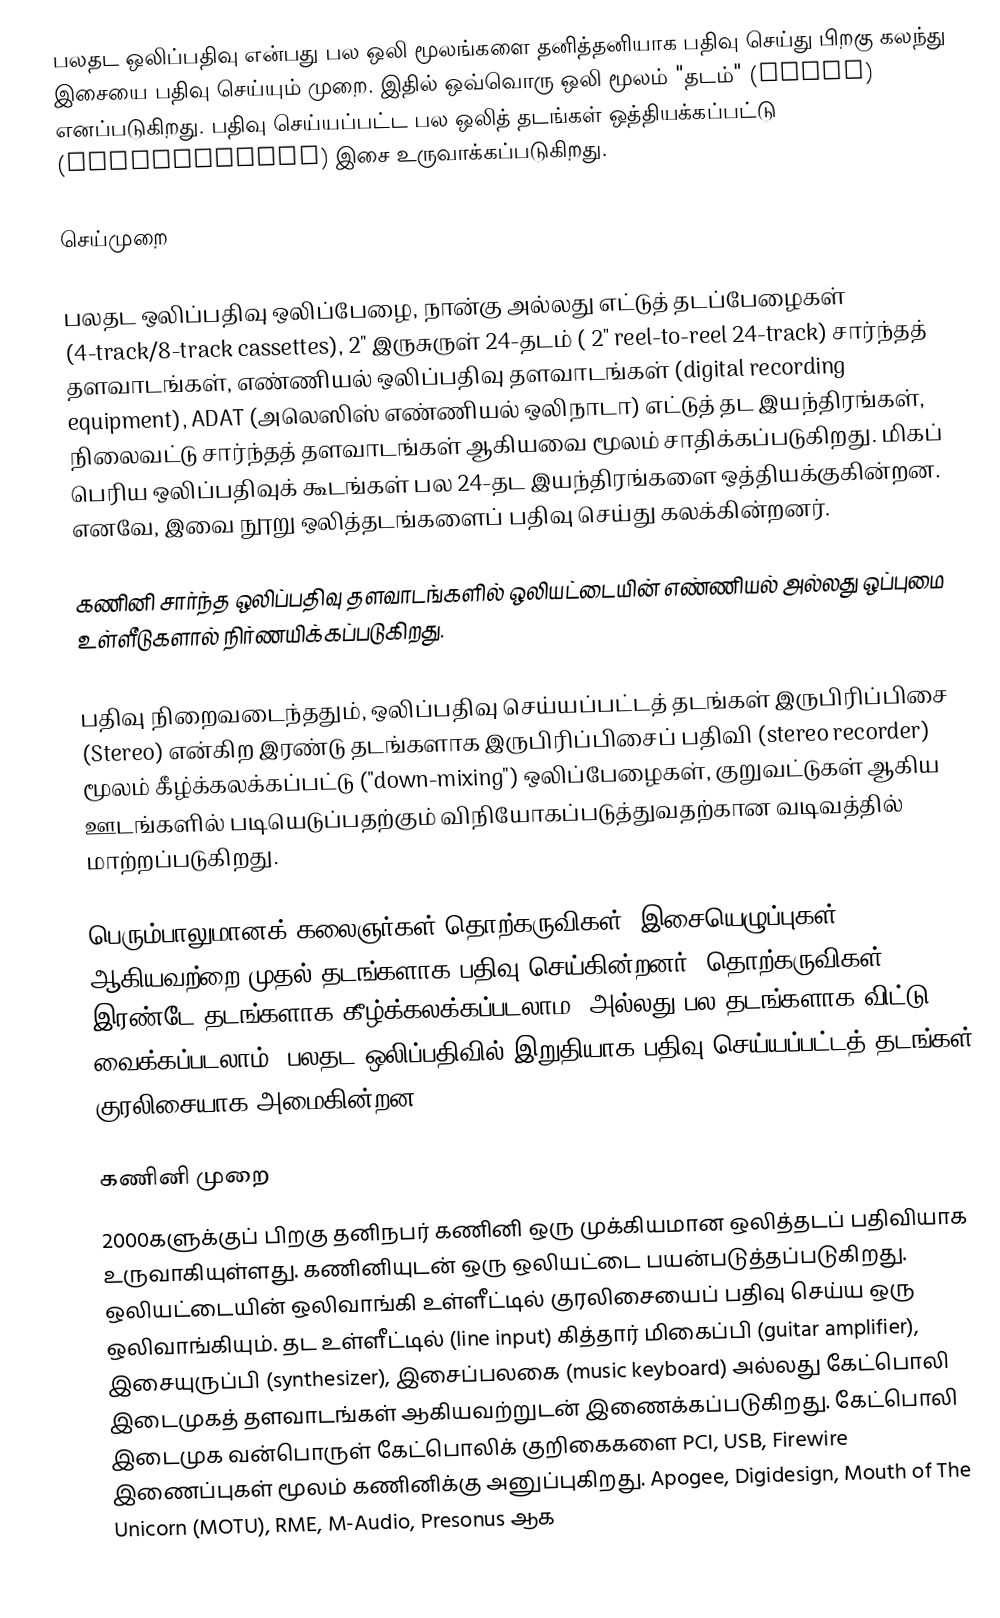
பலதட ஒலிப்பதிவு என்பது பல ஒலி மூலங்களை தனித்தனியாக பதிவு செய்து பிறகு கலந்து இசையை பதிவு செய்யும் முறை. இதில் ஒவ்வொரு ஒலி மூலம் "தடம்" (track) எனப்படுகிறது. பதிவு செய்யப்பட்ட பல ஒலித் தடங்கள் ஒத்தியக்கப்பட்டு (synchronized) இசை உருவாக்கப்படுகிறது.

செய்முறை

பலதட ஒலிப்பதிவு  ஒலிப்பேழை, நான்கு அல்லது எட்டுத் தடப்பேழைகள் (4-track/8-track cassettes),  2" இருசுருள்  24-தடம் ( 2" reel-to-reel 24-track) சார்ந்தத் தளவாடங்கள், எண்ணியல் ஒலிப்பதிவு தளவாடங்கள் (digital recording equipment), ADAT (அலெஸிஸ் எண்ணியல் ஒலிநாடா) எட்டுத் தட இயந்திரங்கள்,  நிலைவட்டு சார்ந்தத் தளவாடங்கள் ஆகியவை மூலம் சாதிக்கப்படுகிறது. மிகப் பெரிய ஒலிப்பதிவுக் கூடங்கள் பல 24-தட இயந்திரங்களை ஒத்தியக்குகின்றன. எனவே, இவை நூறு ஒலித்தடங்களைப் பதிவு செய்து கலக்கின்றனர்.

கணினி சார்ந்த ஒலிப்பதிவு தளவாடங்களில் ஒலியட்டையின் எண்ணியல் அல்லது ஒப்புமை உள்ளீடுகளால் நிர்ணயிக்கப்படுகிறது.

பதிவு நிறைவடைந்ததும், ஒலிப்பதிவு செய்யப்பட்டத் தடங்கள் இருபிரிப்பிசை (Stereo) என்கிற இரண்டு தடங்களாக இருபிரிப்பிசைப் பதிவி (stereo recorder) மூலம்  கீழ்க்கலக்கப்பட்டு ("down-mixing") ஒலிப்பேழைகள், குறுவட்டுகள் ஆகிய ஊடங்களில் படியெடுப்பதற்கும் விநியோகப்படுத்துவதற்கான வடிவத்தில் மாற்றப்படுகிறது.

பெரும்பாலுமானக் கலைஞர்கள் தொற்கருவிகள், இசையெழுப்புகள் ஆகியவற்றை முதல் தடங்களாக பதிவு செய்கின்றனர். தொற்கருவிகள் இரண்டே தடங்களாக கீழ்க்கலக்கப்படலாம, அல்லது பல தடங்களாக விட்டு வைக்கப்படலாம். பலதட ஒலிப்பதிவில் இறுதியாக பதிவு செய்யப்பட்டத் தடங்கள் குரலிசையாக அமைகின்றன.

கணினி முறை
2000களுக்குப் பிறகு தனிநபர் கணினி ஒரு முக்கியமான ஒலித்தடப் பதிவியாக உருவாகியுள்ளது. கணினியுடன் ஒரு ஒலியட்டை பயன்படுத்தப்படுகிறது. ஒலியட்டையின் ஒலிவாங்கி உள்ளீட்டில் குரலிசையைப் பதிவு செய்ய ஒரு ஒலிவாங்கியும். தட உள்ளீட்டில் (line input) கித்தார் மிகைப்பி (guitar amplifier), இசையுருப்பி (synthesizer), இசைப்பலகை (music keyboard) அல்லது கேட்பொலி இடைமுகத் தளவாடங்கள் ஆகியவற்றுடன் இணைக்கப்படுகிறது. கேட்பொலி இடைமுக வன்பொருள் கேட்பொலிக் குறிகைகளை PCI, USB, Firewire இணைப்புகள் மூலம் கணினிக்கு அனுப்புகிறது. Apogee, Digidesign, Mouth of The Unicorn (MOTU), RME, M-Audio, Presonus ஆக